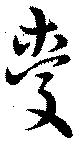
愛